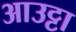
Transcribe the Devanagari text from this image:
आउट्टा